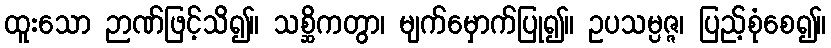
ထူးသော ဉာဏ်ဖြင့်သိ၍။ သစ္ဆိကတွာ၊ မျက်မှောက်ပြု၍။ ဥပသမ္ပဇ္ဇ၊ ပြည့်စုံစေ၍။